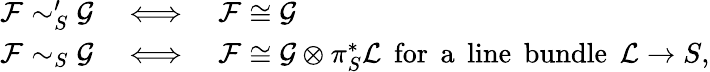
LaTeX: \begin{array}{ccl}{\mathcal F\sim_{S}^{\prime}\mathcal G}&{\iff}&{\mathcal F\cong\mathcal G}\\ {\mathcal F\sim_{S}\mathcal G}&{\iff}&{\mathcal F\cong\mathcal G\otimes\pi_{S}^{*}\mathcal L\mathrm{\: \: for\: \: a\: \: line\: \: bundle\: \: }\mathcal L\rightarrow S,}\end{array}